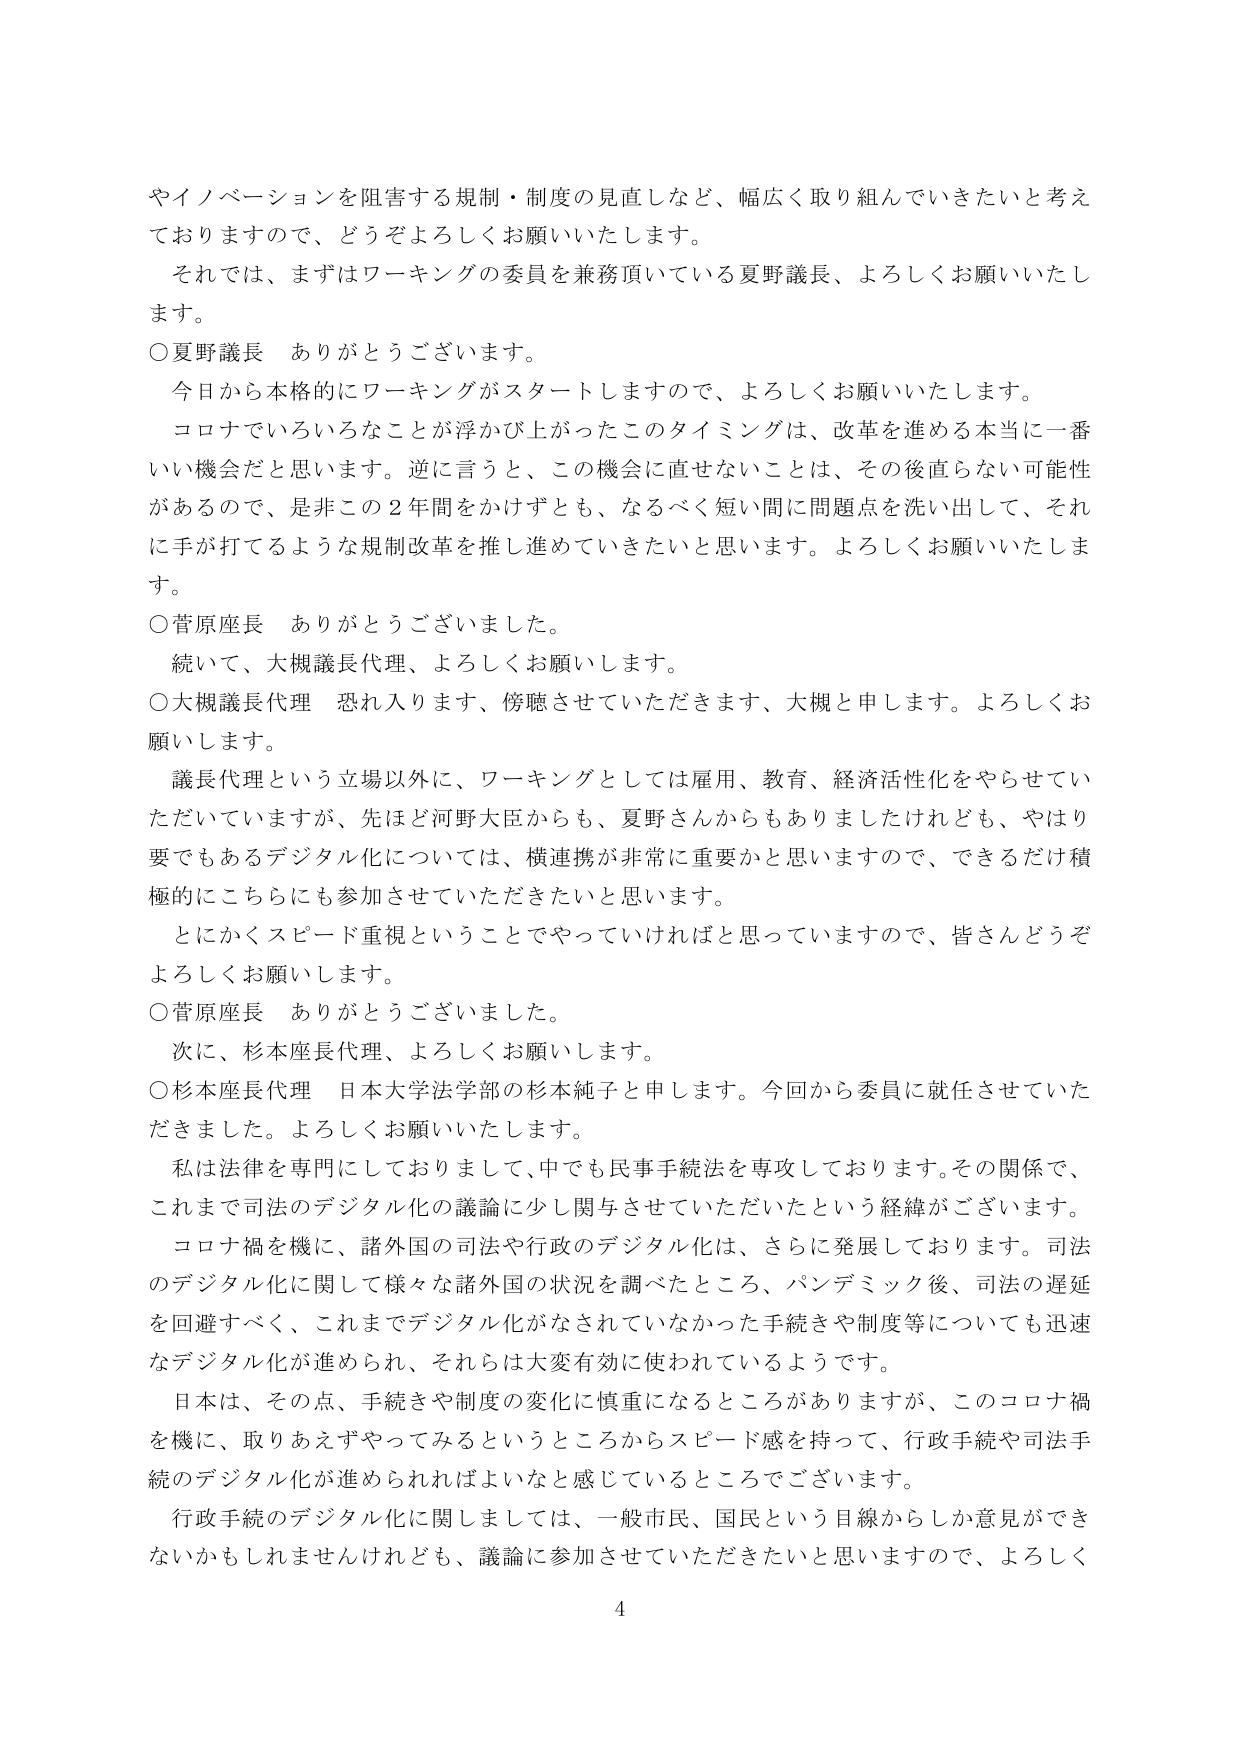
やイノベーションを阻害する規制・制度の見直しなど、幅広く取り組んでいきたいと考えておりますので、どうぞよろしくお願いいたします。

それでは、まずはワーキングの委員を兼務頂いている夏野議長、よろしくお願いいたします。

○夏野議長　ありがとうございます。
　今日から本格的にワーキングがスタートしますので、よろしくお願いいたします。
　コロナでいろいろなことが浮かび上がったこのタイミングは、改革を進める本当に一番いい機会だと思います。逆に言うと、この機会に直せないことは、その後直らない可能性があるので、是非この2年間をかけずとも、なるべく短い間に問題点を洗い出して、それに手が打てるような規制改革を推し進めていきたいと思います。よろしくお願いいたします。

○菅原座長　ありがとうございました。
　続いて、大槻議長代理、よろしくお願いします。

○大槻議長代理　恐れ入ります、傍聴させていただきます、大槻と申します。よろしくお願いします。
　議長代理という立場以外に、ワーキングとしては雇用、教育、経済活性化をやらせていただいていますが、先ほど河野大臣からも、夏野さんからもありましたけれども、やはり要でもあるデジタル化については、横連携が非常に重要かと思いますので、できるだけ積極的にこちらにも参加させていただきたいと思います。
　とにかくスピード重視ということでやっていければと思っていますので、皆さんどうぞよろしくお願いします。

○菅原座長　ありがとうございました。
　次に、杉本座長代理、よろしくお願いします。

○杉本座長代理　日本大学法学部の杉本純子と申します。今回から委員に就任させていただきました。よろしくお願いいたします。
　私は法律を専門にしておりまして、中でも民事手続法を専攻しております。その関係で、これまで司法のデジタル化の議論に少し関与させていただいたという経緯がございます。
　コロナ禍を機に、諸外国の司法や行政のデジタル化は、さらに発展しております。司法のデジタル化に関して様々な諸外国の状況を調べたところ、パンデミック後、司法の遅延を回避すべく、これまでデジタル化がなされていなかった手続きや制度等についても迅速なデジタル化が進められ、それらは大変有効に使われているようです。
　日本は、その点、手続きや制度の変化に慎重になるところがありますが、このコロナ禍を機に、取りあえずやってみるというところからスピード感を持って、行政手続や司法手続のデジタル化が進められればよいなと感じているところでございます。
　行政手続のデジタル化に関しましては、一般市民、国民という目線からしか意見ができないかもしれませんが、議論に参加させていただきたいと思いますので、よろしく

4